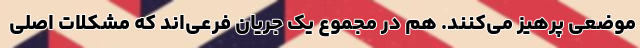
موضعی پرهیز می‌کنند. هم در مجموع یک جریان فرعی‌اند که مشکلات اصلی